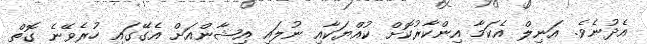
އެދުނެވެ. އަނިލް އެކަމާ އިންކާރުކޮށް ކުއްޔަކާއި ނުލައި އިޝާންއަށް އެގޭގައި ހުރެވޭނެ ގޮތް